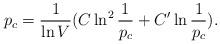
LaTeX: \begin{align*}p_c = \frac{1}{\ln V} (C \ln^2\frac{1}{p_c} +C' \ln \frac{1}{p_c}). \end{align*}